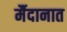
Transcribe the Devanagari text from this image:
र्मैदानात